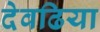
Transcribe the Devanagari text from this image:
देवढिया